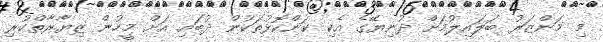
މި މަންޒަރު ބަލައިލުމަށް ދުނިޔޭގެ އެކި ކަންކޮޅުތަކުން ދުބައި އަށް މީހުން ޒިޔާރާތްކުރި